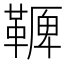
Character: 𩌛